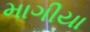
માગીયા